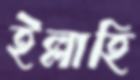
ইল্লাহি